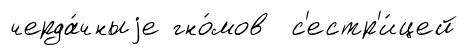
черда́чныjе гно́мов с'естр'и́цей